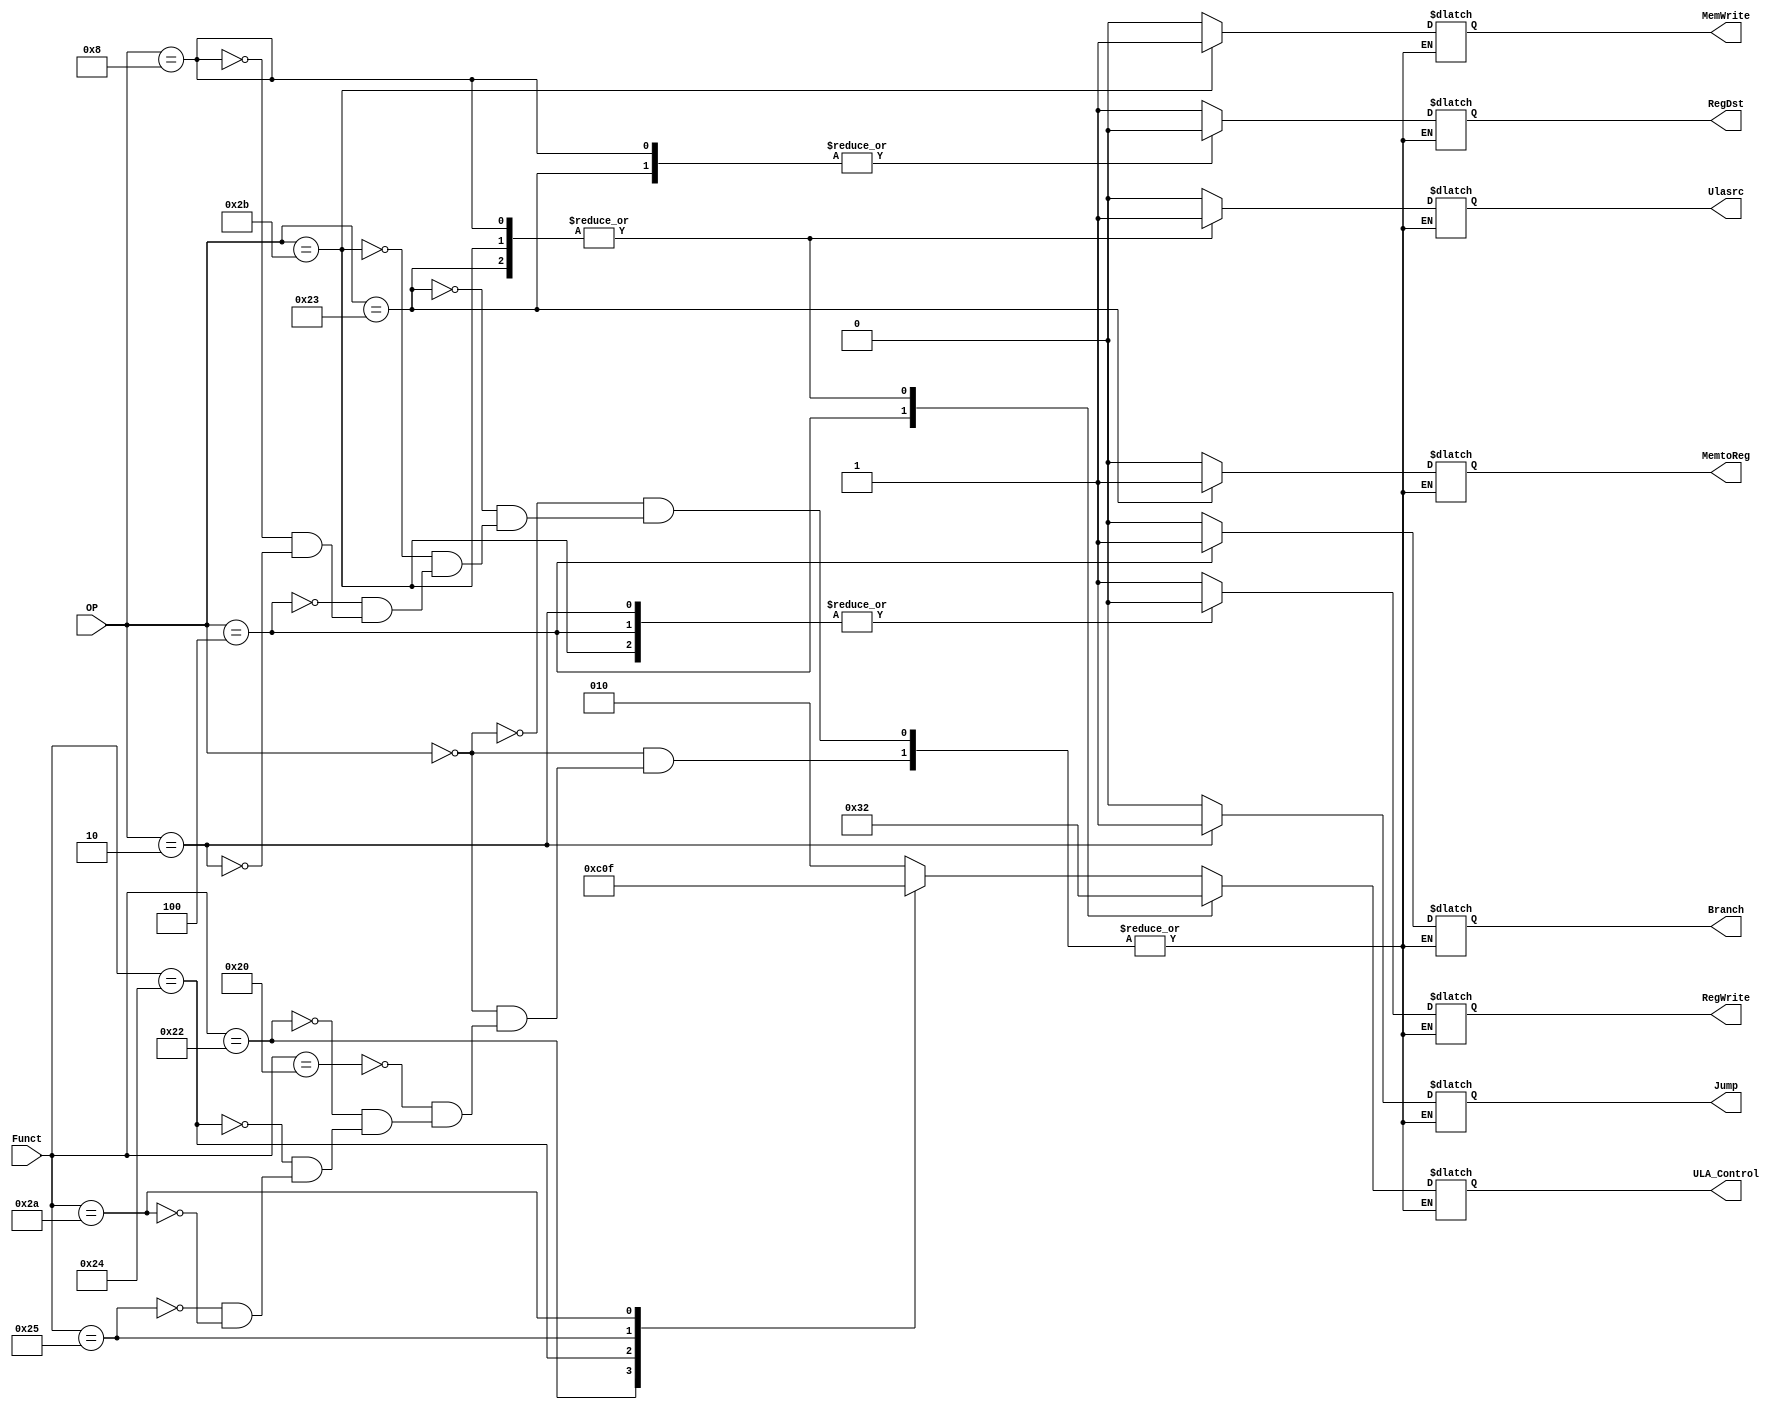
//Mdulo Unidade de Controle - Decodificador

module Unidade_Controle(input[5:0] OP, Funct, output reg [2:0] ULA_Control, output reg RegWrite, RegDst, Branch, MemWrite, MemtoReg, Jump, Ulasrc);
	always @(*) begin
	case (OP)
		6'b000000:begin
		casex(Funct)
			6'b100000: begin RegWrite = 1; RegDst = 1; Ulasrc = 0; ULA_Control = 3'b010; Branch = 0; MemWrite = 0; MemtoReg = 0; Jump = 0; end
			6'b100010: begin RegWrite = 1; RegDst = 1; Ulasrc = 0; ULA_Control = 3'b110; Branch = 0; MemWrite = 0; MemtoReg = 0; Jump = 0; end
			6'b100100: begin RegWrite = 1; RegDst = 1; Ulasrc = 0; ULA_Control = 3'b000; Branch = 0; MemWrite = 0; MemtoReg = 0; Jump = 0; end
			6'b100101: begin RegWrite = 1; RegDst = 1; Ulasrc = 0; ULA_Control = 3'b001; Branch = 0; MemWrite = 0; MemtoReg = 0; Jump = 0; end
		   6'b101010: begin RegWrite = 1; RegDst = 1; Ulasrc = 0; ULA_Control = 3'b111; Branch = 0; MemWrite = 0; MemtoReg = 0; Jump = 0; end
			endcase
			end
		6'b100011: begin RegWrite = 1; RegDst = 0; Ulasrc = 1; ULA_Control = 3'b010; Branch = 0; MemWrite = 0; MemtoReg = 1; Jump = 0; end
		6'b101011: begin RegWrite = 0; RegDst = 1'bx; Ulasrc = 1; ULA_Control = 3'b010; Branch = 0; MemWrite = 1; MemtoReg = 1'bx; Jump = 0; end
		6'b000100: begin RegWrite = 0; RegDst = 1'bx; Ulasrc = 0; ULA_Control = 3'b110; Branch = 1; MemWrite = 0; MemtoReg = 1'bx; Jump = 0; end
		6'b001000: begin RegWrite = 1; RegDst = 0; Ulasrc = 1; ULA_Control = 3'b010; Branch = 0; MemWrite = 0; MemtoReg = 0; Jump = 0; end
		6'b000010: begin RegWrite = 0; RegDst = 1'bx; Ulasrc = 1'bx; ULA_Control = 3'bxxx; Branch = 1'bx; MemWrite = 0; MemtoReg = 1'bx; Jump = 1; end
		endcase
		end
endmodule